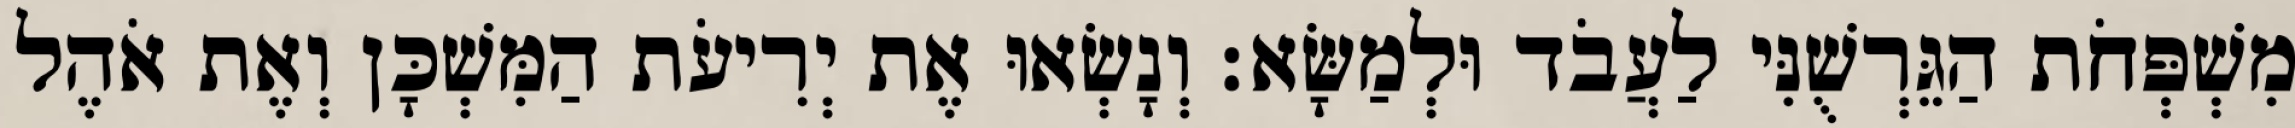
מִשְׁפְּחֹת הַגֵּרְשֻׁנִּי לַעֲבֹד וּלְמַשָּׂא׃ וְנָשְׂאוּ אֶת יְרִיעֹת הַמִּשְׁכָּן וְאֶת אֹהֶל